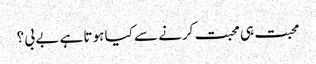
محبت ہی محبت کرنے سے کیا ہوتا ہے بے بی ؟